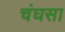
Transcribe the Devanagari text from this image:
चंघसा